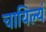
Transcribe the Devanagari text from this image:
चायिल्यं